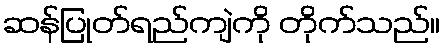
ဆန်ပြုတ်ရည်ကျဲကို တိုက်သည်။